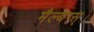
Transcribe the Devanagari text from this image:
मैल्बग्स्